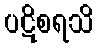
ပဋိစရသိ